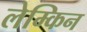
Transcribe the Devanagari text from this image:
लेम्किन